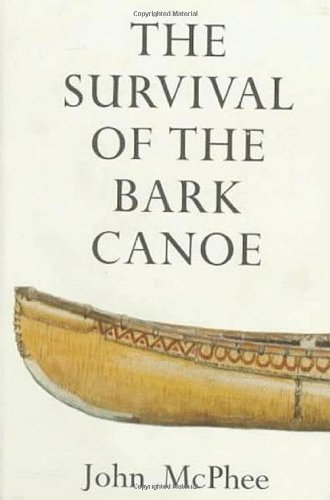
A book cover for The Survival of the Bark Canoe; John McPhee; Sports & Outdoors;